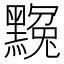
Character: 𪑲